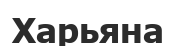
Харьяна